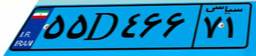
۷۰D۶۳۰۶۸